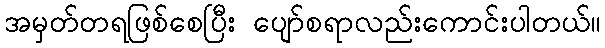
အမှတ်တရဖြစ်စေပြီး ပျော်စရာလည်းကောင်းပါတယ်။